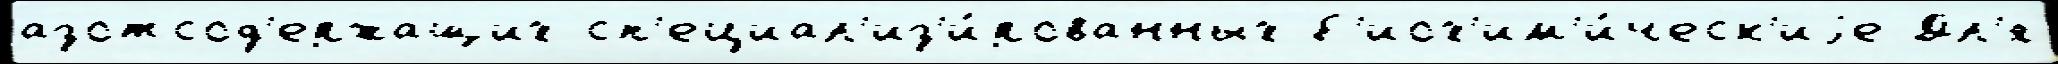
азотсод'ержащих сп'ециал'из'и́рованных б'иох'им'и́ческ'иjе Дл'я